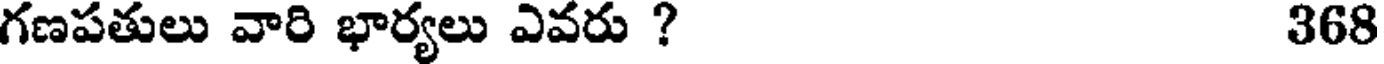
గణపతులు వారి భార్యలు ఎవరు ? 368